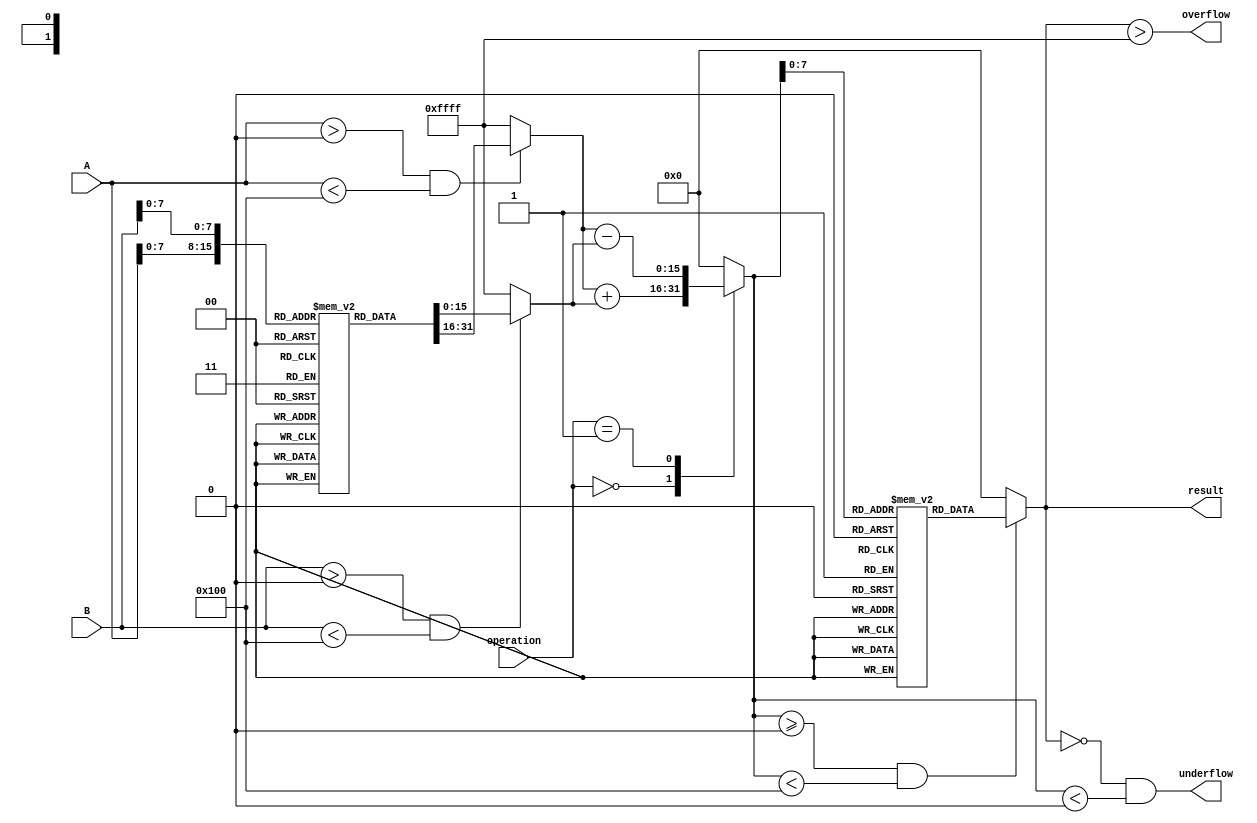
module LogarithmDSPU (
    input  wire [15:0] A,            // Input A in fixed-point format
    input  wire [15:0] B,            // Input B in fixed-point format
    input  wire [1:0]  operation,    // Control signal: 00=mul, 01=div
    output wire [15:0] result,       // Output result in fixed-point format
    output wire       overflow,       // Overflow flag
    output wire       underflow       // Underflow flag
);

    // Logarithm and Exponential LUTs (simplified for demonstration)
    reg [15:0] log_lut [0:255]; // Logarithm LUT
    reg [15:0] exp_lut [0:255]; // Exponential LUT

    initial begin
        // Initialize log LUT (example values, replace with actual logarithm values)
        // log_lut[i] = log2(i) * scale_factor; where scale_factor is chosen to fit in 16 bits
        // Populate with appropriate logarithm values
        // ...
        
        // Initialize exp LUT (example values, replace with actual exponential values)
        // exp_lut[i] = exp2(i / scale_factor); where scale_factor is chosen to fit in 16 bits
        // ...
    end

    // Logarithm Block
    function [15:0] log_function(input [15:0] value);
        begin
            // Assuming value is in a certain range, use LUT for logarithm
            if (value > 0 && value < 256) begin
                log_function = log_lut[value];
            end else begin
                log_function = 16'hFFFF; // Return maximum for invalid input
            end
        end
    endfunction

    // Exponential Block
    function [15:0] exp_function(input [15:0] value);
        begin
            // Use LUT for exponential
            if (value >= 0 && value < 256) begin
                exp_function = exp_lut[value];
            end else begin
                exp_function = 16'h0000; // Return zero for invalid input
            end
        end
    endfunction

    // Intermediate signals
    wire [15:0] log_A;
    wire [15:0] log_B;
    wire [15:0] log_result;

    // Compute logarithm of inputs
    assign log_A = log_function(A);
    assign log_B = log_function(B);

    // Arithmetic Unit
    always @(*) begin
        case (operation)
            2'b00: log_result = log_A + log_B; // Multiplication
            2'b01: log_result = log_A - log_B; // Division
            default: log_result = 16'h0000; // Default case
        endcase
    end

    // Generate the final result using the exponential function
    assign result = exp_function(log_result);

    // Overflow and Underflow checks (simple example)
    assign overflow = (result > 16'hFFFF); // Overflow if result exceeds max 16-bit value
    assign underflow = (result == 16'h0000 && log_result < 0); // Underflow check

endmodule